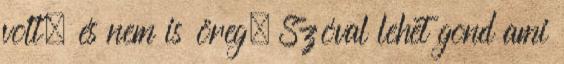
volt, és nem is öreg. Szóval lehet gond ami